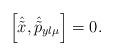
LaTeX: \begin{align*}\left[\hat{\tilde{x}},\hat{\tilde{p}}_{y l \mu}\right]=0.\end{align*}